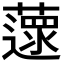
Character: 𦾽